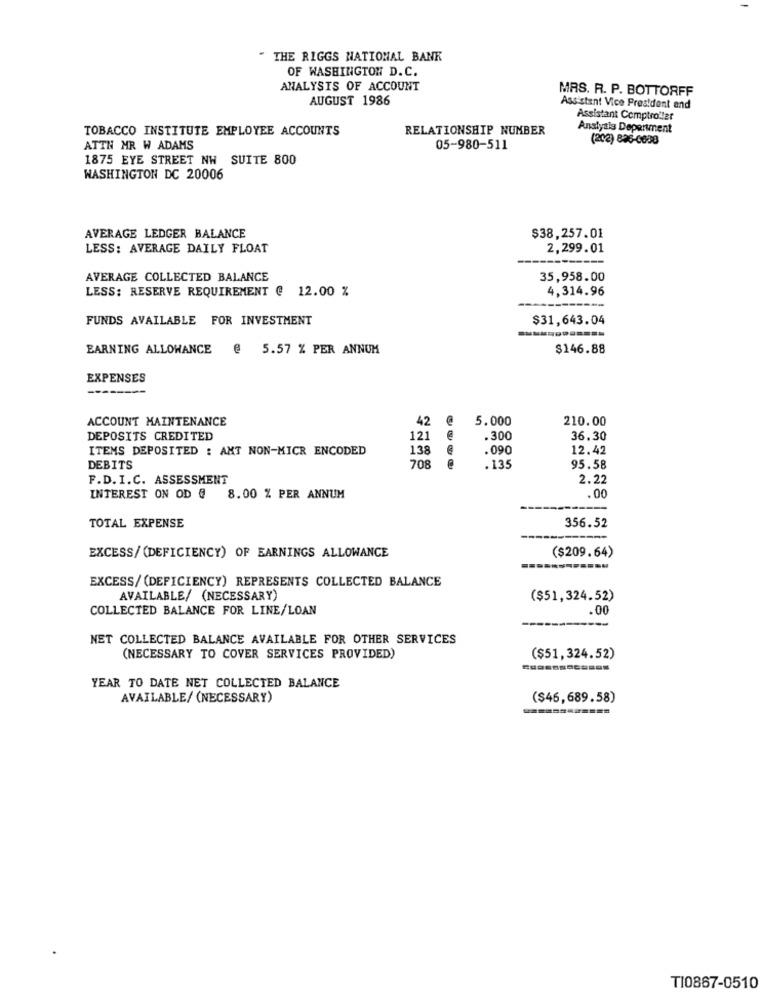
" THE RIGGS NATIONAL BANK
OF WASHINGTON D. C.
ANALYSIS OF ACCOUNT
MRS. R. P. BOTTORFF
AUGUST 1986
Assistant Vice President and
Assistant Comptroller
TOBACCO INSTITUTE EMPLOYEE ACCOUNTS
RELATIONSHIP NUMBER
Analysis Department
(202) 826-0608
ATTN MR W ADAMS
05-980-511
1875 EYE STREET NW SUITE 800
WASHINGTON DC 20006
AVERAGE LEDGER BALANCE
$38,257.01
LESS: AVERAGE DAILY FLOAT
2,299.01
AVERAGE COLLECTED BALANCE
35,958.00
LESS: RESERVE REQUIREMENT @ 12.00 %
4,314.96
FUNDS AVAILABLE FOR INVESTMENT
$31,643.04
EARNING ALLOWANCE
@ 5.57 % PER ANNUM
$146.88
EXPENSES
--------
ACCOUNT MAINTENANCE
42 @
5.000
210.00
DEPOSITS CREDITED
121
. 300
36.30
ITEMS DEPOSITED : AMT NON-MICR ENCODED
138
.090
12.42
DEBITS
708
. 135
95.58
F.D. I.C. ASSESSMENT
2.22
.00
INTEREST ON OD @
8.00 % PER ANNUM
TOTAL EXPENSE
356.52
($209.64)
EXCESS/ (DEFICIENCY) OF EARNINGS ALLOWANCE
EXCESS/ (DEFICIENCY) REPRESENTS COLLECTED BALANCE
AVAILABLE/ (NECESSARY)
($51,324.52)
COLLECTED BALANCE FOR LINE/LOAN
.00
NET COLLECTED BALANCE AVAILABLE FOR OTHER SERVICES
(NECESSARY TO COVER SERVICES PROVIDED)
($51,324.52)
YEAR TO DATE NET COLLECTED BALANCE
AVAILABLE/ (NECESSARY)
($46,689.58)
TI0867-0510